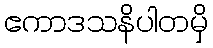
ဧကာဒသနိပါတမှိ